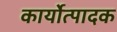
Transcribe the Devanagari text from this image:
कार्योत्पादक